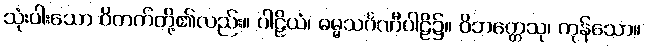
သုံးပါးသော ဝိတက်တို့၏လည်း။ ပါဠိယံ၊ ဓမ္မသင်္ဂဏီပါဠိ၌။ ဝိဘတ္တေသု၊ ကုန်သော။